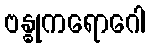
ဗန္ဓုကရောဂေါ